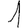
Digit: 1